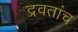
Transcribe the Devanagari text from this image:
द्रवतांच